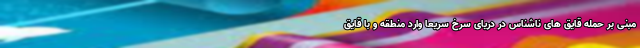
مبنی بر حمله قایق های ناشناس در دریای سرخ سریعا وارد منطقه و با قایق